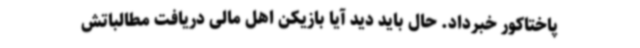
پاختاکور خبرداد. حال باید دید آیا بازیکن اهل مالی دریافت مطالباتش